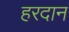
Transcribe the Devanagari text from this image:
हरदान